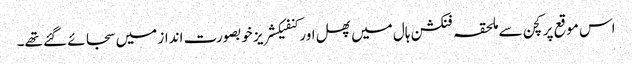
اس موقع پر کچن سے ملحقہ فنکشن ہال میں پھل اور کنفیکشریز خوبصورت انداز میں سجائے گئے تھے۔